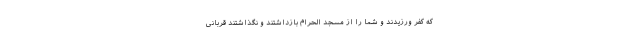
كه كفر ورزيدند و شما را از مسجد الحرام بازداشتند و نگذاشتند قربانى